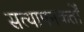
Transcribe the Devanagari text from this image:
सत्यापनकर्तों